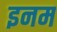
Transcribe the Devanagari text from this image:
इनम